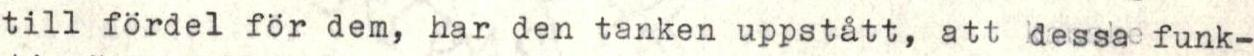
till fördel för dem, har den tanken uppstått, att dessa funk-